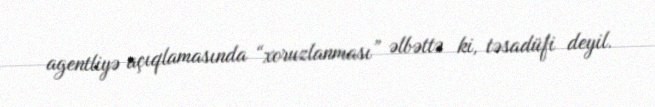
agentliyə açıqlamasında “xoruzlanması” əlbəttə ki, təsadüfi deyil.